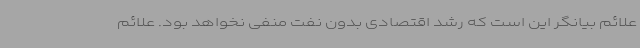
علائم بیانگر این است که رشد اقتصادی بدون نفت منفی نخواهد بود. علائم